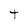
Character: t